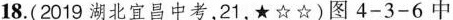
18.(2019湖北宜昌中考，21，★☆☆)图4-3-6中